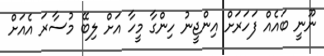
ނޫނީ ބައެއް ފަހަރަށް އިންޖީނު ހިންގާ މީހާ އަށް ލިބޭ މުސާރަ އެއަށް